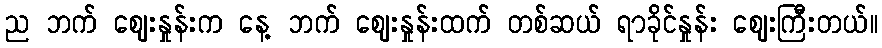
ည ဘက် ဈေးနှုန်းက နေ့ ဘက် ဈေးနှုန်းထက် တစ်ဆယ် ရာခိုင်နှုန်း ဈေးကြီးတယ်။